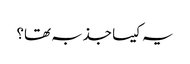
یہ کیسا جذبہ تھا؟